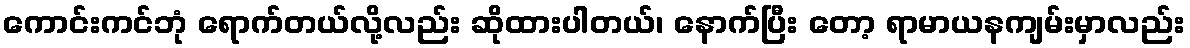
ကောင်းကင်ဘုံ ရောက်တယ်လို့လည်း ဆိုထားပါတယ်၊ နောက်ပြီး တော့ ရာမာယနကျမ်းမှာလည်း